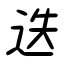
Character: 迭